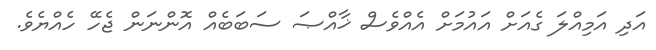
އަދި އަމިއްލަ ގެއަށް އައުމަށް އެއްވެސް ޚާއްޞަ ސަބަބެއް އޮންނަން ޖެހޭ ހެއްޔެވެ.